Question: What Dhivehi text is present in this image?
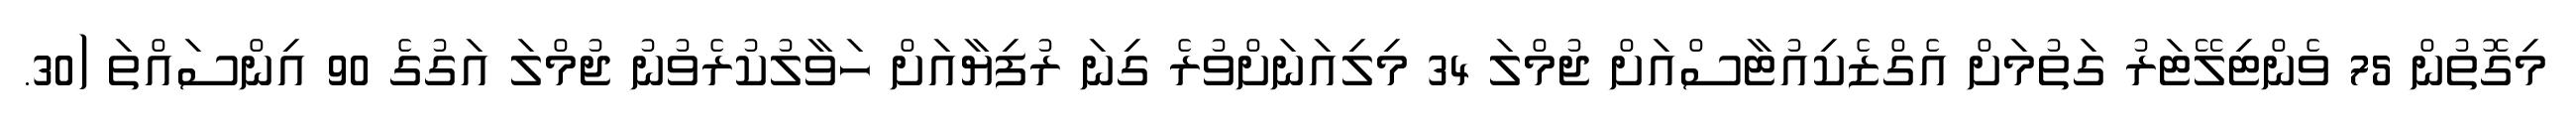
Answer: މިގޮތުން 75 ވެންޓިލޭޓަރު ގަތުމަށް އެގްޒެކިއުޓާސްއަށް ޖުމްލަ 34 މިލިއަނަށްވުރެ ގިނަ ރުފިޔާއަށް ހަވާލުކުރެވުނު ޖުމްލަ އަގުގެ 90 އިންސައްތަ (30.